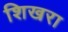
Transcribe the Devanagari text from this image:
शिखरा